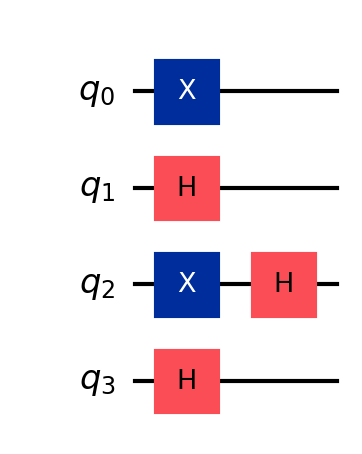
Description: BB84 QKD state preparation
描述: BB84 QKD态制备
Category: blockchain (difficulty: advanced)
Qubits: 4, circuit depth: 2
Blockchain relevance: direct

Braket implementation:
from braket.circuits import Circuit
circuit = Circuit()
circuit.x(0)
circuit.h(1)
circuit.x(2).h(2)
circuit.h(3)

Qiskit implementation:
from qiskit import QuantumCircuit
circuit = QuantumCircuit(4)
circuit.x(0)
circuit.h(1)
circuit.x(2).h(2)
circuit.h(3)